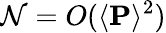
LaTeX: \mathcal{N}=O(\langle\mathbf{{P}}\rangle^{2})